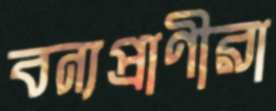
বন্যপ্রাণীরা